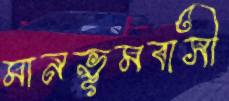
মানভূমবাসী